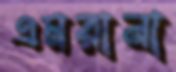
এমরানা